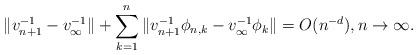
LaTeX: \begin{align*} \|v_{n+1}^{-1} - v_{\infty}^{-1} \| + \sum_{k=1}^{n} \|v_{n+1}^{-1} \phi_{n,k}- v_{\infty}^{-1} \phi_{k}\| = O(n^{-d}),n \to \infty.\end{align*}